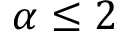
\alpha \leq 2